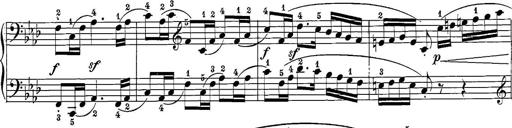
Title: 12 Sonatine per Pianoforte
Composer: Friedrich Kuhlau